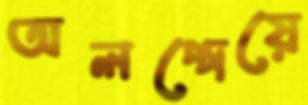
অলপ্পেয়ে